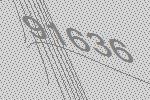
91636